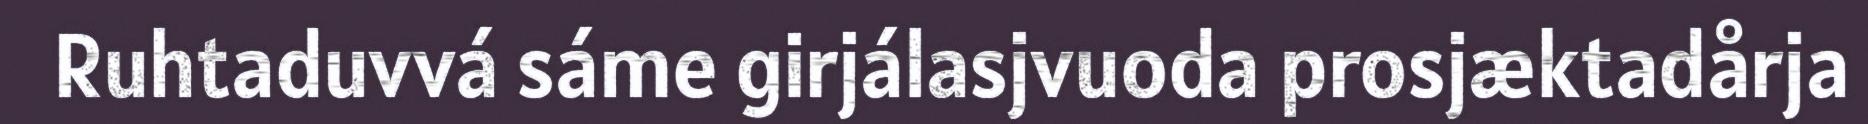
Ruhtaduvvá sáme girjálasjvuoda prosjæktadårja